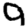
Digit: 9